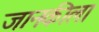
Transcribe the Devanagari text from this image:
जानकीला